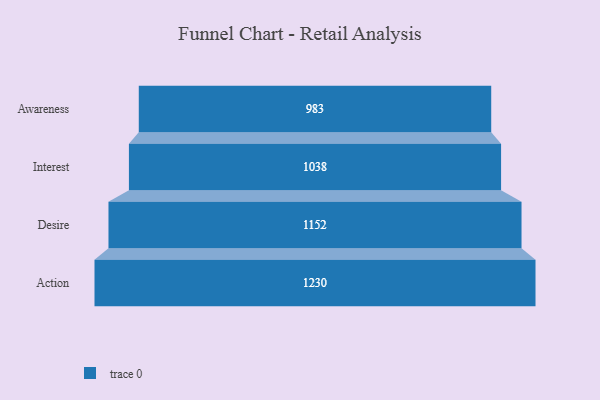
{"axis": {"x": "Stage", "y": "Value"}, "legend": [""], "data": [{"x": "Awareness", "y": 983.0, "type": ""}, {"x": "Interest", "y": 1038.0, "type": ""}, {"x": "Desire", "y": 1152.0, "type": ""}, {"x": "Action", "y": 1230.0, "type": ""}]}